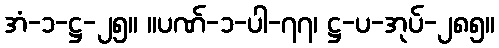
အံ-၁-ဋ္ဌ-၂၅။ ။ပဏ်-၁-ပါ-၇၇၊ ဋ္ဌ-ပ-အုပ်-၂၈၅။